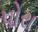
પોરા